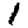
Digit: 1